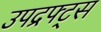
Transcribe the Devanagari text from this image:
उपद्रफ्ट्स